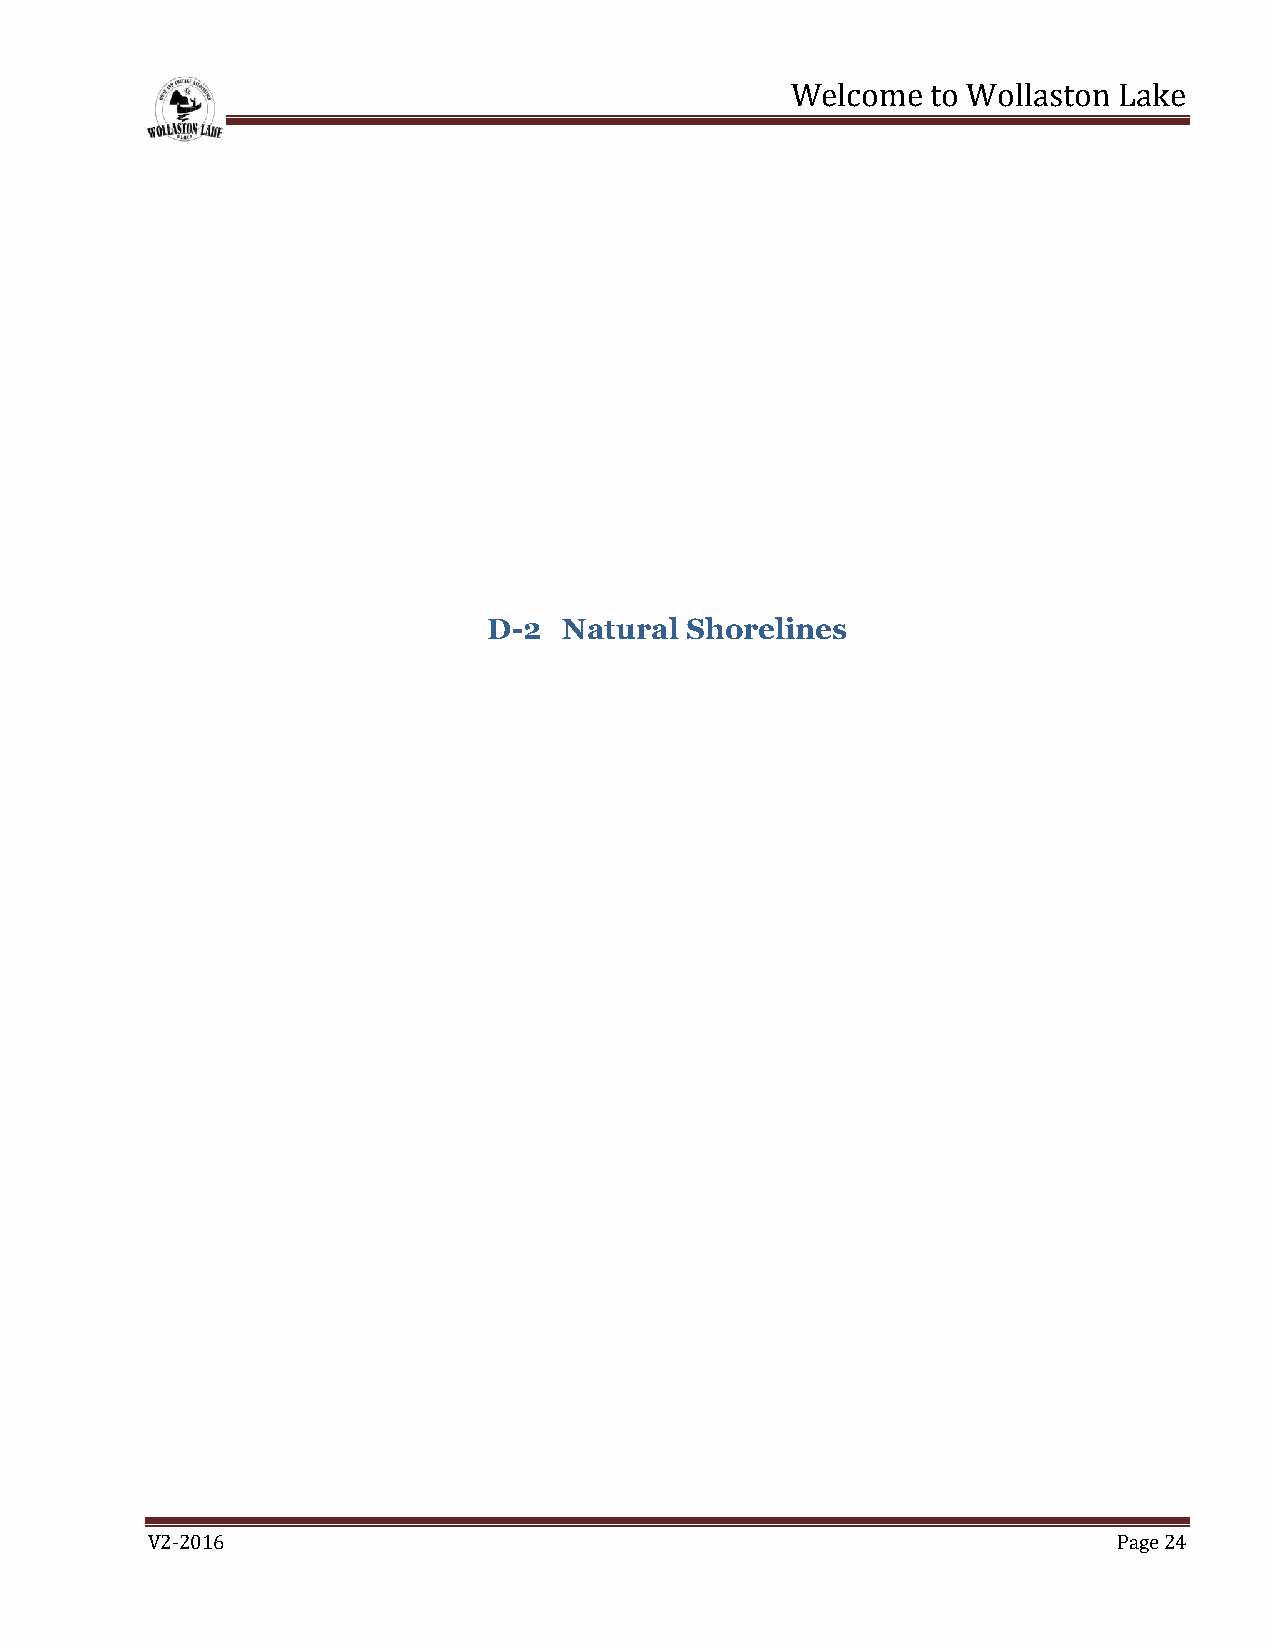
Welcome   to Wollaston Lake
 D-2  Natural Shorelines
 V2-2016                                                         Page 24